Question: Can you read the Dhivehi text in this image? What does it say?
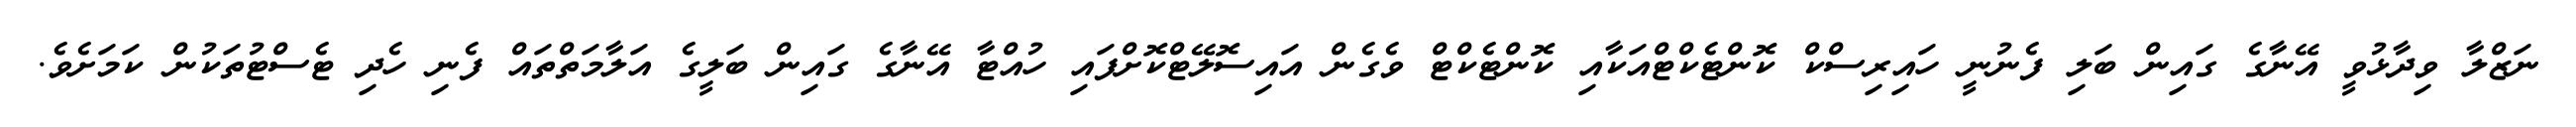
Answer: ނަޒްލާ ވިދާޅުވީ އޭނާގެ ގައިން ބަލި ފެނުނީ ހައިރިސްކް ކޮންޓެކްޓްއަކާއި ކޮންޓެކްޓް ވެގެން އައިސޮލޭޓްކޮށްފައި ހުއްޓާ އޭނާގެ ގައިން ބަލީގެ އަލާމަތްތައް ފެނި ހެދި ޓެސްޓުތަކުން ކަމަށެވެ.